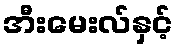
အီးမေးလ်နှင့်